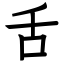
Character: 舌